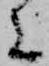
に